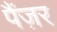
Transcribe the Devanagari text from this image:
पैंज़र